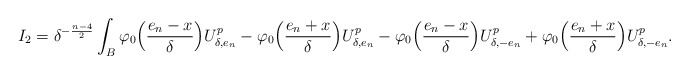
\begin{align*} I_2 = \delta^{-\frac{n-4}{2}}\int_{B} \varphi_0\Big(\frac{e_n-x}{\delta}\Big)U_{\delta,e_n}^p -\varphi_0\Big(\frac{e_n+x}{\delta}\Big)U_{\delta,e_n}^p -\varphi_0\Big(\frac{e_n-x}{\delta}\Big)U_{\delta,-e_n}^p +\varphi_0\Big(\frac{e_n+x}{\delta}\Big)U_{\delta,-e_n}^p.\end{align*}